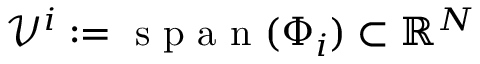
\mathcal { V } ^ { i } : = \mathrm { ~ s ~ p ~ a ~ n ~ } ( \Phi _ { i } ) \subset \mathbb { R } ^ { N }